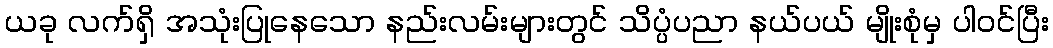
ယခု လက်ရှိ အသုံးပြုနေသော နည်းလမ်းများတွင် သိပ္ပံပညာ နယ်ပယ် မျိုးစုံမှ ပါဝင်ပြီး